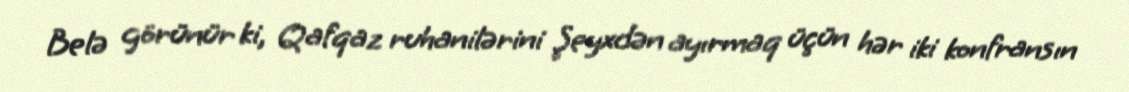
Belə görünür ki, Qafqaz ruhanilərini Şeyxdən ayırmaq üçün hər iki konfransın